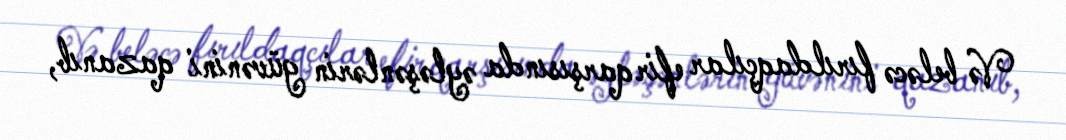
Və beləcə fırıldaqçılar efir qarşısında əyləşənlərin güvənini qazanıb,